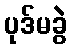
ပုဒ်မခွဲ